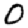
Digit: 0